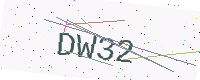
Text: DW32